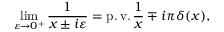
\operatorname* { l i m } _ { \varepsilon \to 0 ^ { + } } { \frac { 1 } { x \pm i \varepsilon } } = \operatorname { p . v . } { \frac { 1 } { x } } \mp i \pi \delta ( x ) ,